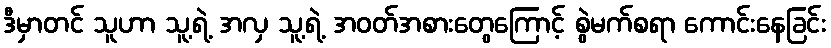
ဒီမှာတင် သူဟာ သူ့ရဲ့ အလှ သူ့ရဲ့ အဝတ်အစားတွေကြောင့် စွဲမက်စရာ ကောင်းနေခြင်း